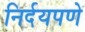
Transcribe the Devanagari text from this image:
निर्दयपणे